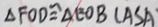
\Delta F O D \cong \Delta E O B ( A S A